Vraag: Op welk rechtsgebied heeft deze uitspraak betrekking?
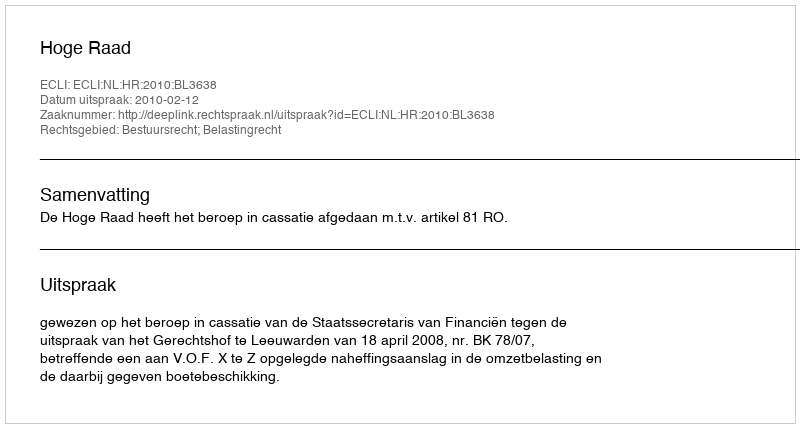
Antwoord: Bestuursrecht; Belastingrecht